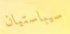
سيباستيان